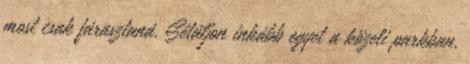
most csak fárasztaná. Sétáljon inkább egyet a közeli parkban,